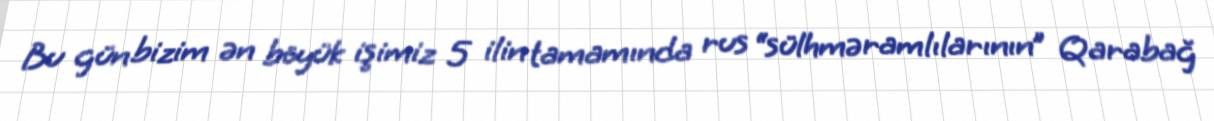
Bu gün bizim ən böyük işimiz 5 ilin tamamında rus “sülhməramlılarının” Qarabağ